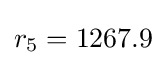
r_{5}=1267.9